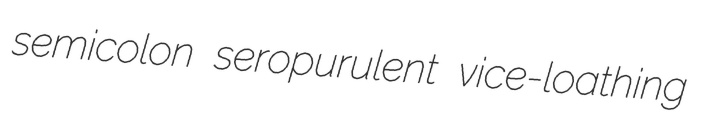
semicolon seropurulent vice-loathing